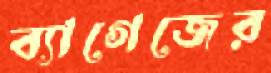
ব্যাগেজের